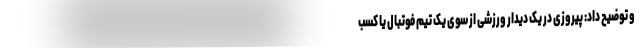
و توضیح داد: پیروزی در یک دیدار ورزشی از سوی یک تیم فوتبال یا کسب